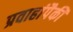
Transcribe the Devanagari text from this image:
प्रवाहांपैकी